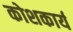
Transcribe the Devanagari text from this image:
कोशकार्य